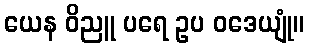
ယေန ဝိညူ ပရေ ဥပ ဝဒေယျုံ။